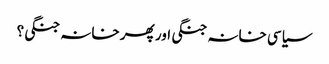
سیاسی خانہ جنگی اور پھر خانہ جنگی؟